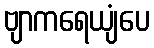
ဗျာကရေယျံပေ